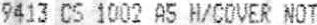
9413 CS 1002 A5 H/COVER NOT